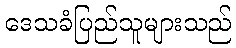
ဒေသခံပြည်သူများသည်